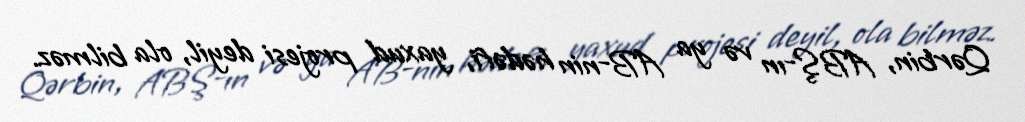
Qərbin, ABŞ-ın və ya AB-nin hədəfi, yaxud projesi deyil, ola bilməz.